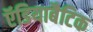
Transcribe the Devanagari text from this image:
ऍडियाबैटिक